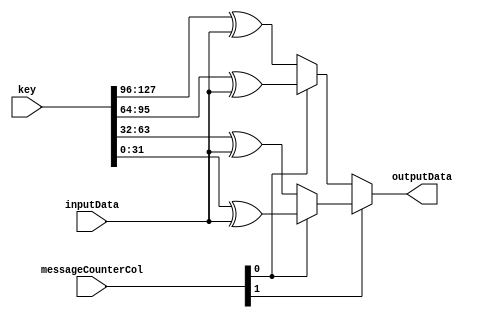
`timescale 1ns / 1ps
//////////////////////////////////////////////////////////////////////////////////
// Company: 
// Engineer: 
// 
// Design Name: 
// Module Name:    XOR_unit 
// Project Name: 
// Target Devices: 
// Tool versions: 
// Description: 
//
// Dependencies: 
//
// Revision: 
// Revision 0.01 - File Created
// Additional Comments: 
//
//////////////////////////////////////////////////////////////////////////////////
module XOR_unit(inputData,outputData,key,messageCounterCol 
    );
	 
input [31:0]  inputData;
input [127:0] key;
input [1:0]   messageCounterCol;
output[31:0]  outputData;

wire [31:0] firstCol,secondCol,thirdCol,fourthCol;

assign firstCol  =key[127:96]^inputData;
assign secondCol =key[95:64] ^inputData;
assign thirdCol  =key[63:32] ^inputData;
assign fourthCol =key[31:0]  ^inputData;

//choose which output depends on which col  
assign outputData = messageCounterCol[1] ? (messageCounterCol[0] ? fourthCol : thirdCol) : (messageCounterCol[0] ? secondCol : firstCol);



endmodule